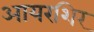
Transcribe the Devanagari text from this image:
आयरशिर